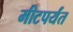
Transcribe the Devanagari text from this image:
मीटपर्यंत